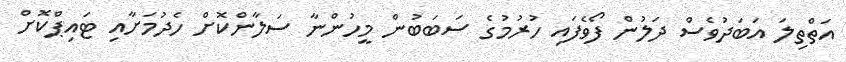
އަތްތިލަ އަބަދުވެސް ދަލުން ފޯވެފައި ހުރުމުގެ ސަބަބުން މީހުންނާ ސަލާންކޮށް ހެދުމަށާއި ޓައިޕްކޮށް